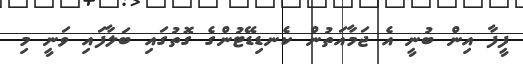
ފީފާ އިން ބުނީ އެ ޖަމާއަތުން ކެނޑިޑޭޓުންގެ ގޮތުގައި ބަލާފައި ވަނީ މި